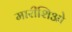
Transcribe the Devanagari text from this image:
मारीशिओ